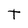
Character: T